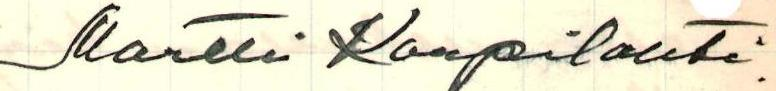
Martti Korpilahti.